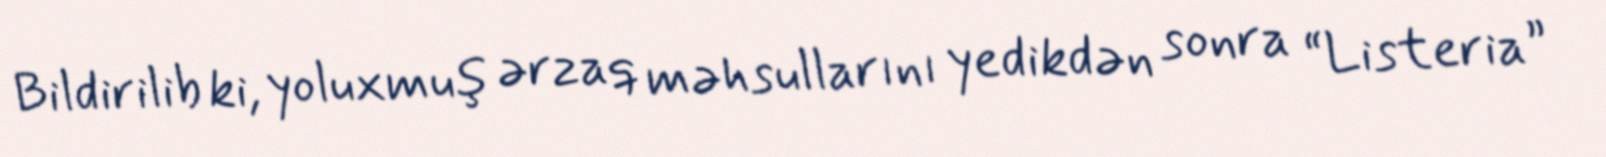
Bildirilib ki, yoluxmuş ərzaq məhsullarını yedikdən sonra “Listeria”